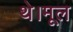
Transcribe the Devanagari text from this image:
थे।मूल